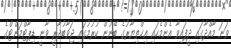
ވަނަ މާއްދާގައި ދީފައިވާ އެންމެހައި އިޚްތިޔާރުގެ ބޭނުން ކުރުމުގައި ޖަވާބުދާރީ ވާނީ ޑިޕާޓްމަންޓްގެ